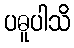
ပဓူပါသိ